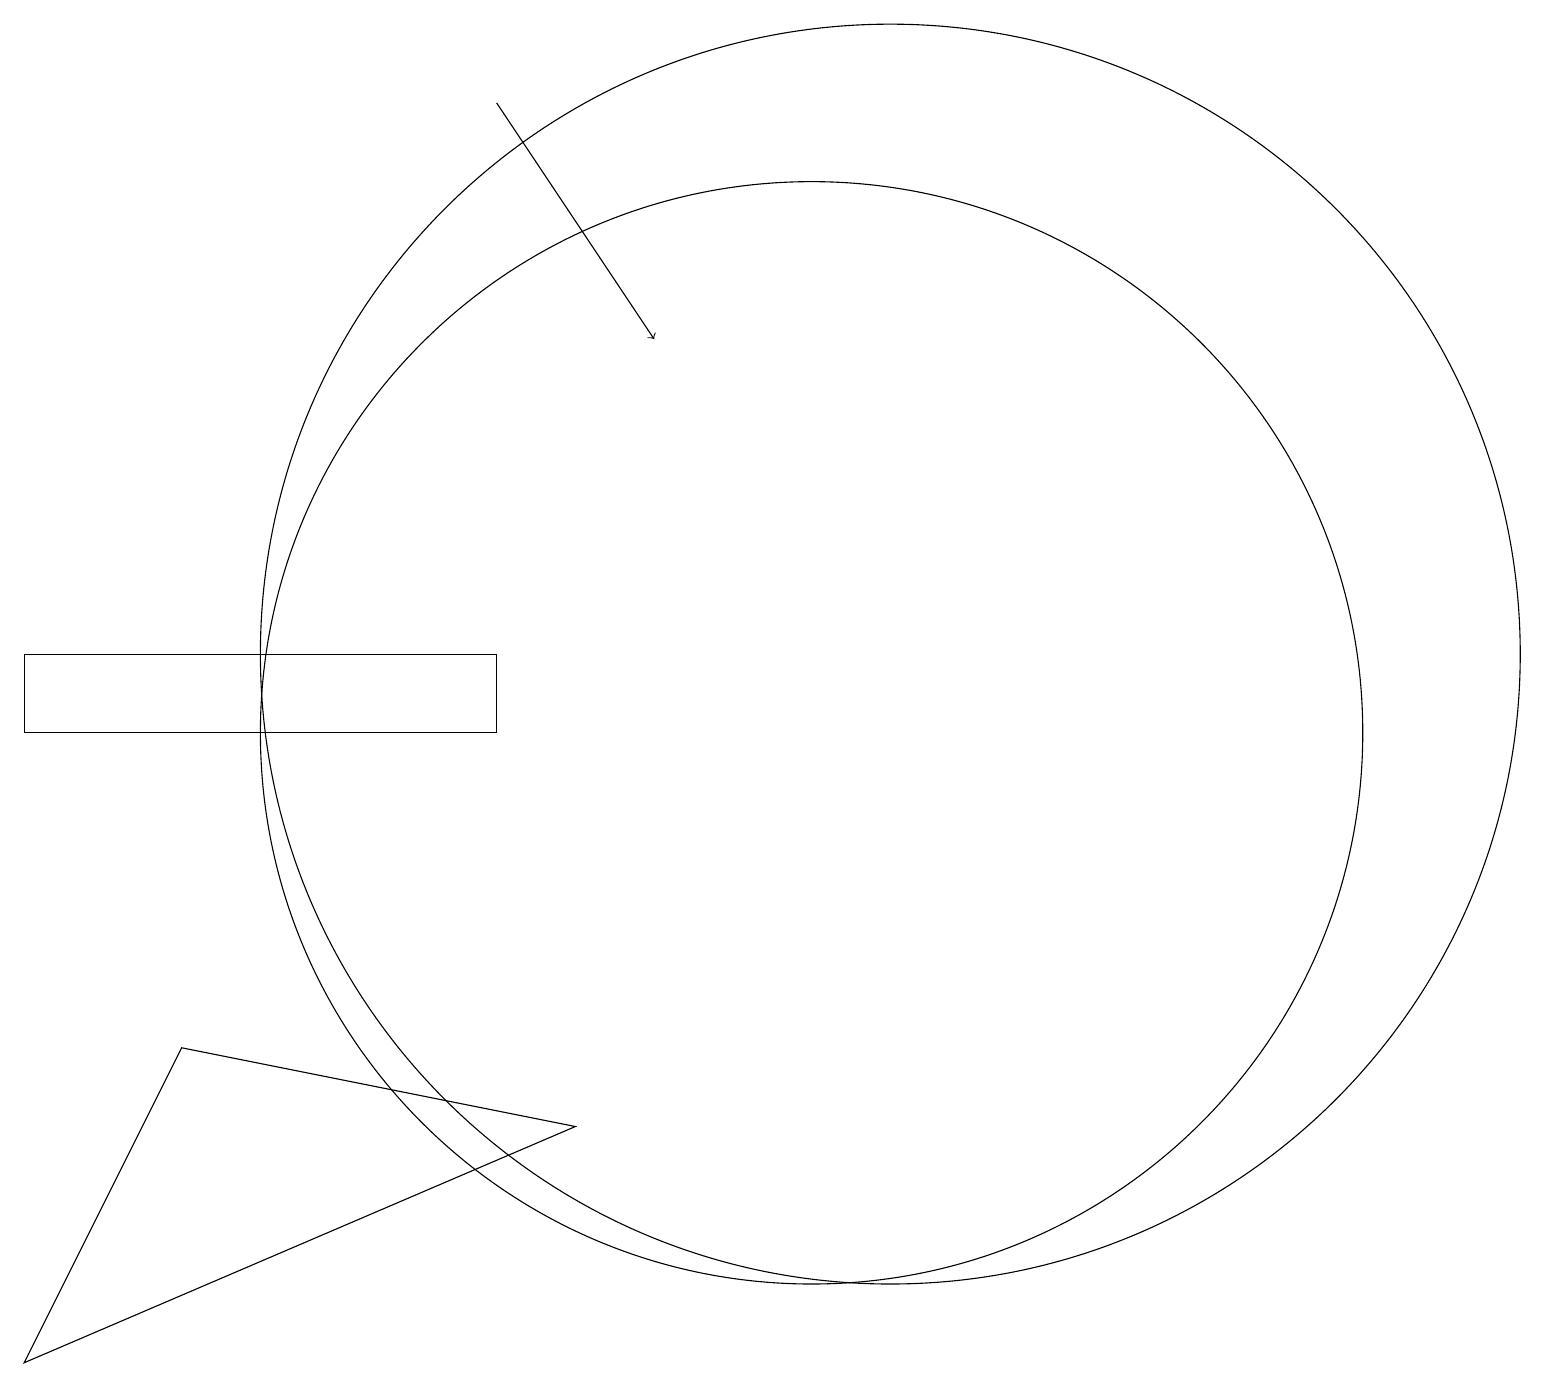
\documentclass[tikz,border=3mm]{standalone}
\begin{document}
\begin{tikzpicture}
\draw (8,5) -- (3,6) -- (1,2) -- cycle;
\draw (12,11) circle (8);
\draw[->] (7,18) -- (9,15);
\draw (11,10) circle (7);
\draw (7,11) rectangle (1,10);
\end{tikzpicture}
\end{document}